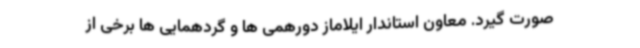
صورت گیرد. معاون استاندار ایلاماز دورهمی ها و گردهمایی ها برخی از